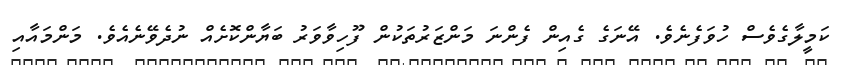
ކަމީލާގެވެސް ހުވަފެނެވެ. އޭނަގެ ގެއިން ފެންނަ މަންޒަރުތަކުން ފޫހިވާވަރު ބަޔާންކޮށެއް ނުދެވޭނެއެވެ. މަންމައާއި